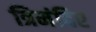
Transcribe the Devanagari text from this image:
त्रिमंदिर